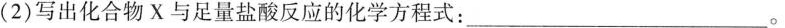
(2)写出化合物X与足量盐酸反应的化学方程式： ___